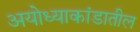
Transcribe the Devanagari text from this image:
अयोध्याकांडातील